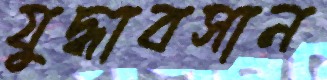
যুদ্ধাবসান